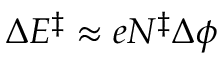
\Delta \ensuremath { E ^ { \ddag } } \approx e \ensuremath { N ^ { \ddag } } \Delta \phi